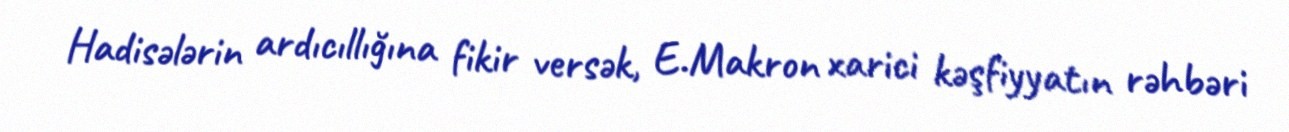
Hadisələrin ardıcıllığına fikir versək, E.Makron xarici kəşfiyyatın rəhbəri